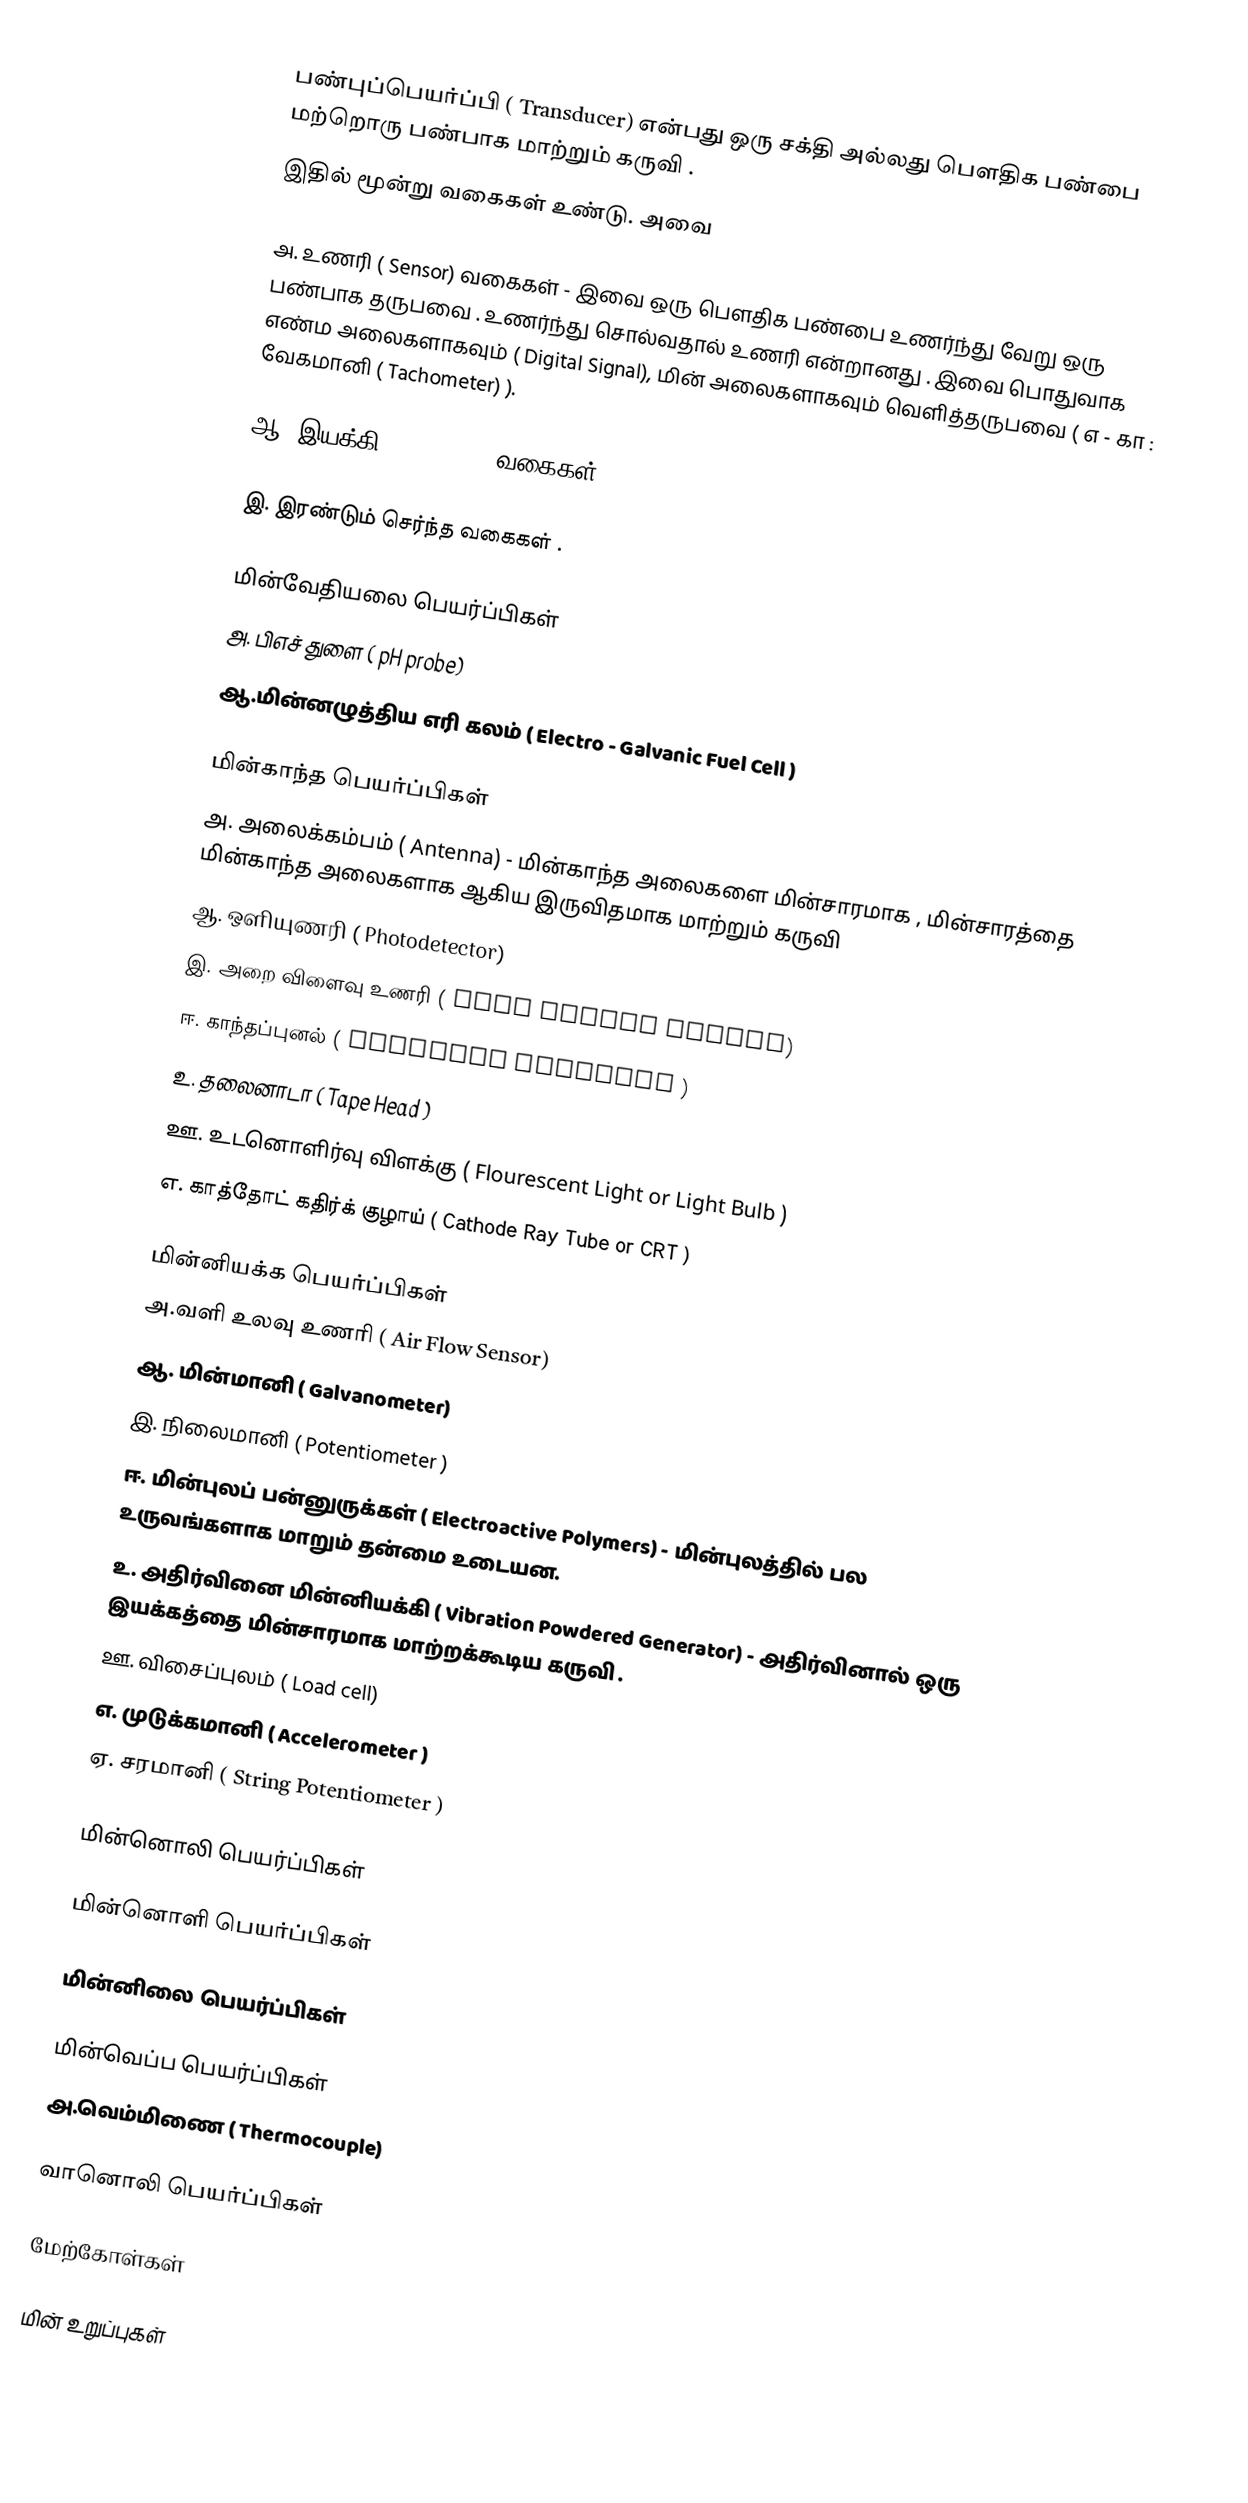
பண்புப்பெயர்ப்பி ( Transducer) என்பது ஒரு சக்தி அல்லது பௌதிக பண்பை மற்றொரு பண்பாக மாற்றும் கருவி .
இதில் மூன்று வகைகள் உண்டு. அவை

அ. உணரி ( Sensor) வகைகள் - இவை ஒரு பௌதிக பண்பை உணர்ந்து வேறு ஒரு பண்பாக தருபவை . உணர்ந்து சொல்வதால் உணரி என்றானது . இவை பொதுவாக எண்ம அலைகளாகவும் ( Digital Signal), மின் அலைகளாகவும் வெளித்தருபவை ( எ - கா : வேகமானி ( Tachometer) ).

ஆ. இயக்கி ( Actuator) வகைகள் .

இ. இரண்டும் செர்ந்த வகைகள் .

மின்வேதியலை பெயர்ப்பிகள்
அ. பிஎச் துளை ( pH probe)
ஆ.மின்னழுத்திய எரி கலம் ( Electro - Galvanic Fuel Cell )

மின்காந்த பெயர்ப்பிகள்
அ. அலைக்கம்பம் ( Antenna) - மின்காந்த அலைகளை மின்சாரமாக , மின்சாரத்தை மின்காந்த அலைகளாக ஆகிய இருவிதமாக மாற்றும்  கருவி
ஆ. ஒளியுணரி ( Photodetector)
இ. அறை விளைவு உணரி ( Hall Effect Sensor)
ஈ. காந்தப்புனல் ( Magnetic Catridge )
உ. தலைனாடா ( Tape Head )
ஊ. உடனொளிர்வு விளக்கு  ( Flourescent Light or Light Bulb )
எ. காத்தோட் கதிர்க் குழாய் ( Cathode Ray Tube or CRT )

மின்னியக்க பெயர்ப்பிகள்
அ.வளி உலவு உணரி ( Air Flow Sensor)
ஆ. மின்மானி ( Galvanometer)
இ. நிலைமானி ( Potentiometer )
ஈ. மின்புலப் பன்னுருக்கள் ( Electroactive Polymers) - மின்புலத்தில் பல உருவங்களாக மாறும் தன்மை உடையன.
உ. அதிர்வினை மின்னியக்கி ( Vibration Powdered Generator) - அதிர்வினால் ஒரு இயக்கத்தை மின்சாரமாக மாற்றக்கூடிய கருவி .
ஊ. விசைப்புலம் ( Load cell)
எ. முடுக்கமானி ( Accelerometer )
ஏ. சரமானி ( String Potentiometer )

மின்னொலி பெயர்ப்பிகள்

மின்னொளி பெயர்ப்பிகள்

மின்னிலை பெயர்ப்பிகள்

மின்வெப்ப பெயர்ப்பிகள்
அ.வெம்மிணை ( Thermocouple)

வானொலி பெயர்ப்பிகள்

மேற்கோள்கள்

மின் உறுப்புகள்